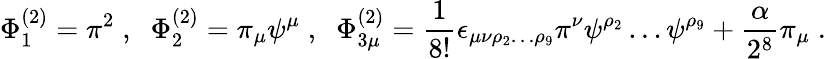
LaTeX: \Phi_{1}^{(2)}=\pi^{2}\; ,\; \; \Phi_{2}^{(2)}=\pi_{\mu}\psi^{\mu}\; ,\; \; \Phi_{3\mu}^{(2)}=\frac{1}{8!}\epsilon_{\mu\nu\rho_{2}\ldots\rho_{9}}\pi^{\nu}\psi^{\rho_{2}}\ldots\psi^{\rho_{9}}+\frac{\alpha}{2^{8}}\pi_{\mu}\; .